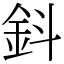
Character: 鈄